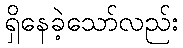
ရှိနေခဲ့သော်လည်း